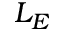
L _ { E }